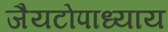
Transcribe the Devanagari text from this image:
जैयटोपाध्याय